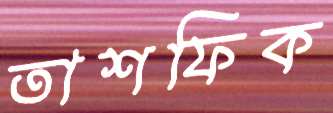
তাশফিক